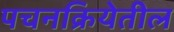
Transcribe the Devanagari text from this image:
पचनक्रियेतील